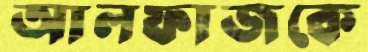
আলফাজকে